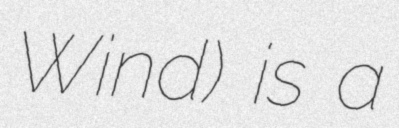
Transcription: Wind) is a